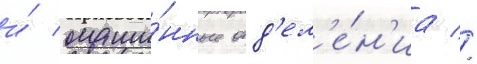
и́ маши́нные отд'ел'е́н'иа //